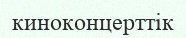
киноконцерттік